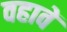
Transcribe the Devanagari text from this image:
वहावें